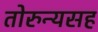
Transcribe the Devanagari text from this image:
तोरुन्यसह